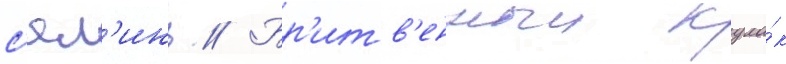
с'ял'инь // Бр'итв'енныи кула́к